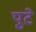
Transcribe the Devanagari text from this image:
पुटे